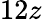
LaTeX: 12z